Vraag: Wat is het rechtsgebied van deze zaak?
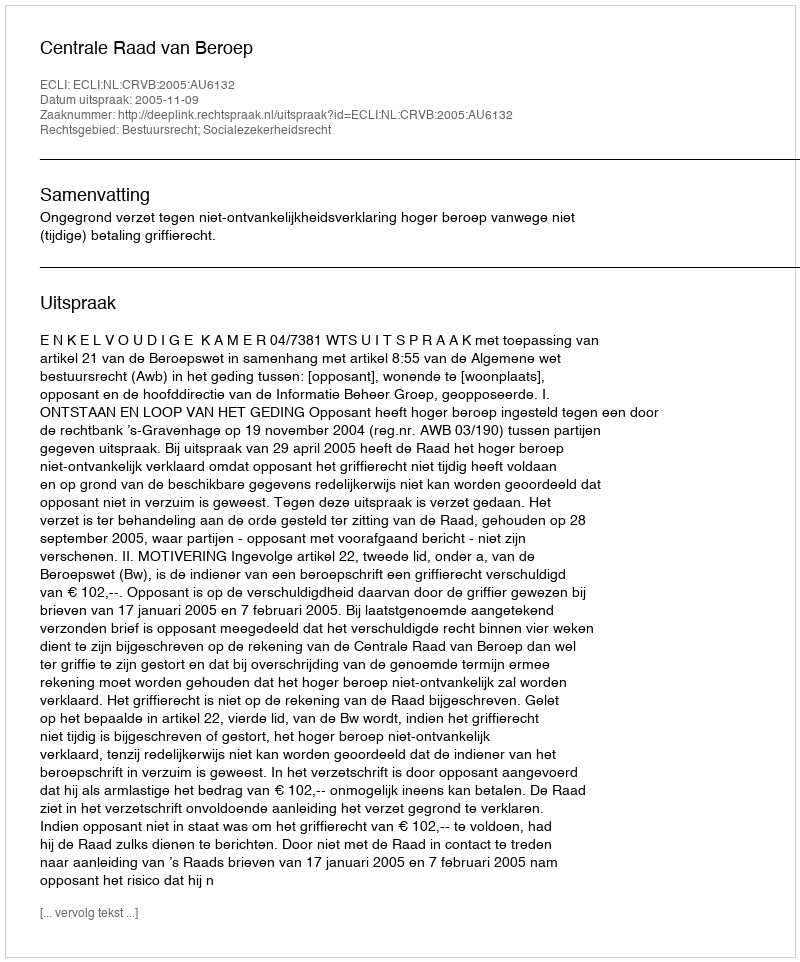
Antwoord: Bestuursrecht; Socialezekerheidsrecht